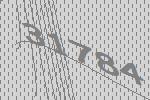
31784